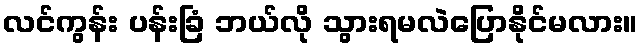
လင်ကွန်း ပန်းခြံ ဘယ်လို သွားရမလဲပြောနိုင်မလား။